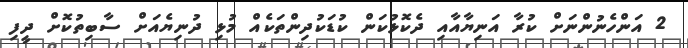
2 އަންހެނުންނަށް ކުރާ އަނިޔާއާއި ދެކޮޅުކަން ކުޑަކުދިންތަކެއް މުޅި ދުނިޔެއަށް ސާބިތުކޮށް ދީފި